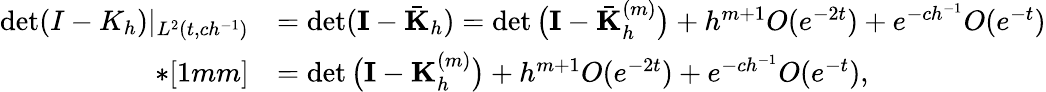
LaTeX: \begin{array}{rl}{\operatorname*{det}(I-K_{h})|_{L^{2}(t,ch^{-1})}}&{=\operatorname*{det}({\mathbf I}-\bar{\mathbf K}_{h})=\operatorname*{det}\big({\mathbf I}-\bar{\mathbf K}_{h}^{(m)}\big)+h^{m+1}O(e^{-2t})+e^{-ch^{-1}}O(e^{-t})}\\ {*[1mm]}&{=\operatorname*{det}\big({\mathbf I}-{\mathbf K}_{h}^{(m)}\big)+h^{m+1}O(e^{-2t})+e^{-ch^{-1}}O(e^{-t}),}\end{array}